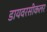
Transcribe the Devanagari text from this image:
डायवरसीकलर